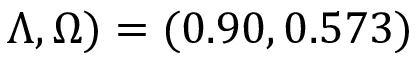
\Lambda , \Omega ) = ( 0 . 9 0 , 0 . 5 7 3 )